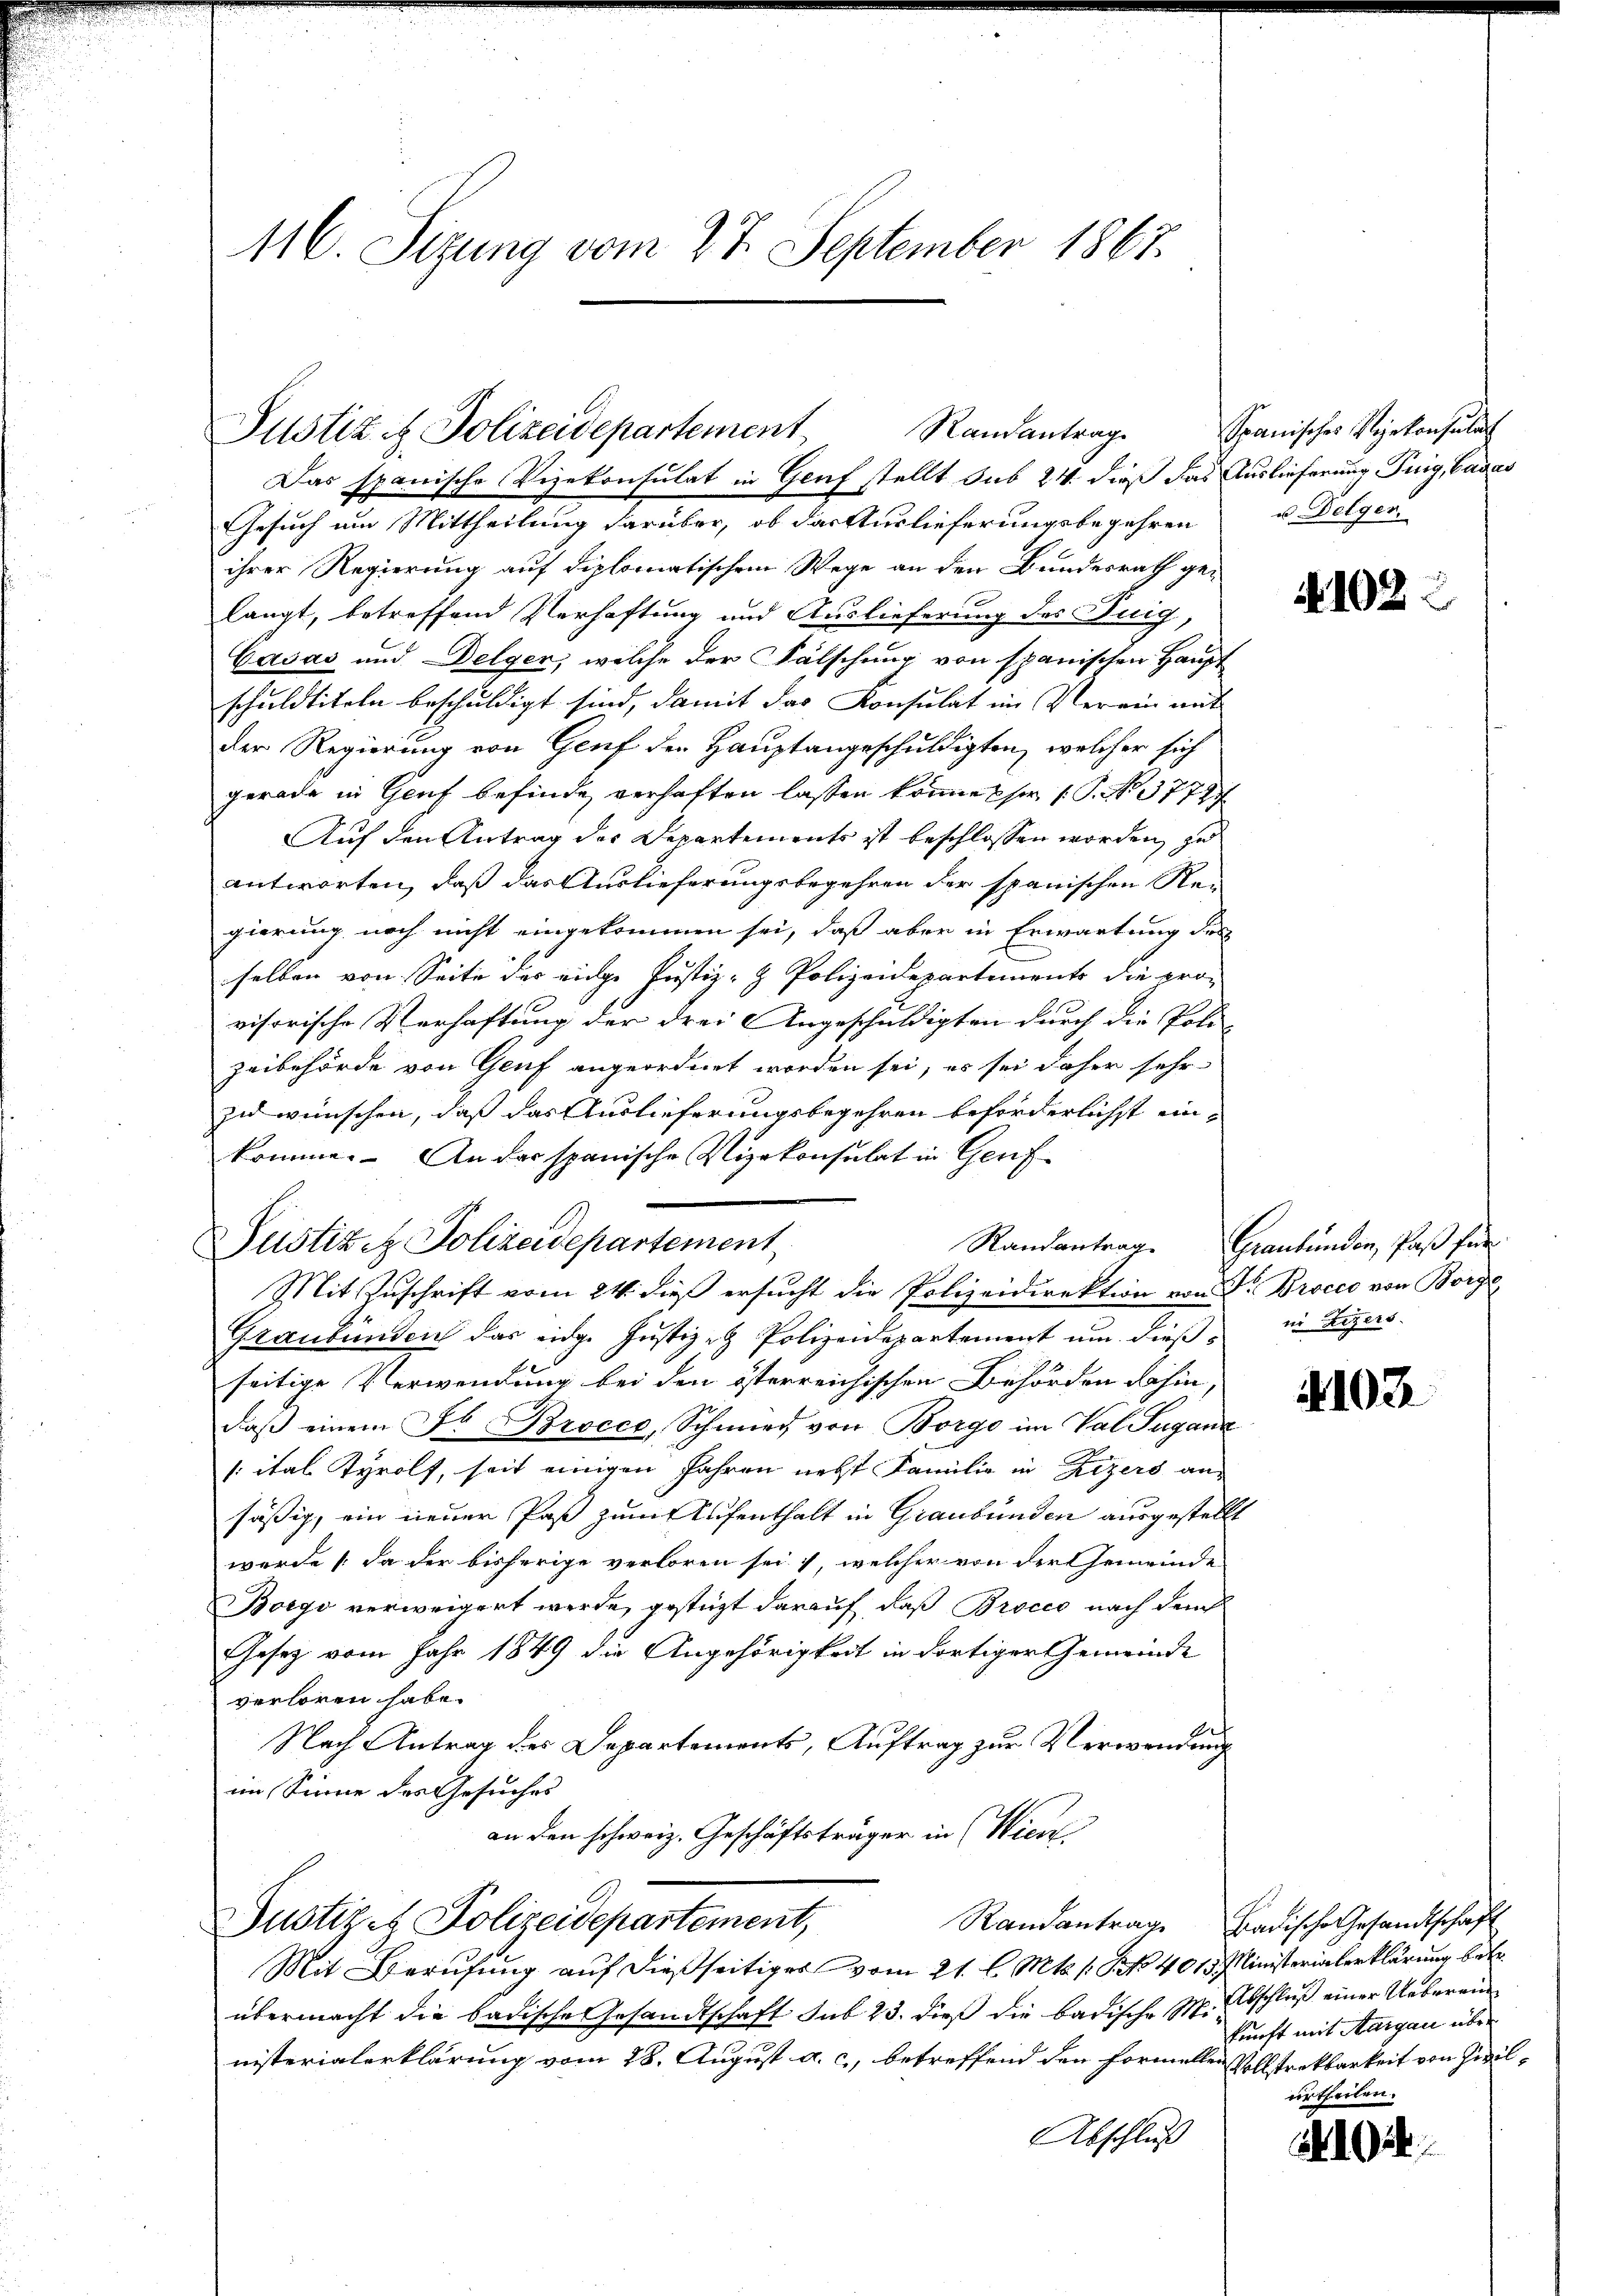
116. Sizung vom 27. September 1867.

Randantrag
Justiz & Polizeidepartement
Das spanische Vizekonsulat in Genf stellt sub 24. dieß das Auslieferung Purg, Cadas

Gesuch um Mittheilung darüber, ob das Auslieferungsbegehren
ihrer Regierung auf diplomatischem Wege an den Bundesrath ge-
langt, betreffend Verhaftung und Auslieferung des Knig,
Casas und Delger, welche der Fälschung von spanischen Haupt
schuldtiteln beschuldigt sind, damit das Konsulat im Verein mit
der Regierung von Genf den Hauptangeschuldigten, welcher sich
gerade in Genf befinde verhaften lassen könne sie (S. 3774
Auf den Antrag der Departements ist beschlossen worden, zu
antworten, daß das Auslieferungsbegehren der spanischen Regierung noch nicht eingekommen sei, daß aber in Erwartung des
selben von Seite des einge Justiz- & Polizeidepartements die provisorische Verhaftung der drei Angeschuldigten durch die Posi
Zeibehörde von Genf angeordnet worden sei, es sei daher sehr
zu wünschen, daß das Auslieferungsbegehren beförderlichst einkomme. An das spanische Vizekonsulat in Genf
Justizenz Polizeidepartement
Mit Zuschrift vom 24. dieß ersucht die Polizeidirektion von Fr. Brocco von Borgs
Graubünden das einge Justiz- & Polizeidepartement um dieß in Lizers
seitige Verwendung bei den österreichischen Behörden dahin,
daß einem Fr. Brocco, Schmied von Borgo im Val Suganz
/ ital Tyrolf, seit einigen Jahren nebst Familie in Zizers an-
säßig, ein neuer Paß zum Aufenthalt in Graubünden ausgestellt
werde (da der bisherige verloren sei, welcher von der Gemeinde
Borgo verweigert werde, gesteht darauf, daß Brocco nach den
Gesetz vom Jahr 1849 die Angehörigkeit in dortiger Gemeinde
verloren habe.
Nach Antrag des Departements, Auftrag zur Verwendung
im Sinne des Gesuches
an den schweiz. Geschäftsträger in (Wien
Justiz- & Polizeidepartement,
Randantrage Badische Gesandtschaft
Mit Berufung auf dießseitiges vom 21. l. Mts. s. S. 4015 Ministerialerklärung betr.
übermacht die badische Gesandtschaft sub 23. dieß die badische M. Abschluß einer Ueberein
nisterialerklärung vom 28. August a. c., betreffend den formellen Vollstreckbarkeit von Zivil¬
Abschluß

Spanisches Vizekonsulat
u. Delger.

Randantrag. Graubünden, Paß für

4102

4103

kunft mit Aargau über
urtheilen.